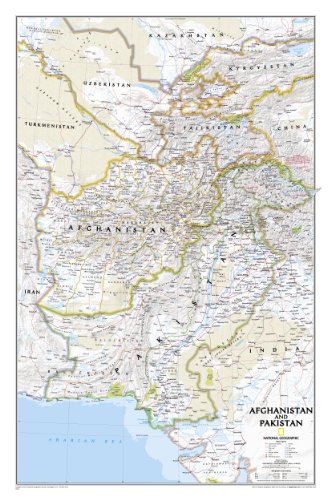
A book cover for Afghanistan, Pakistan [Tubed] (National Geographic Reference Map); National Geographic Maps - Reference; Travel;